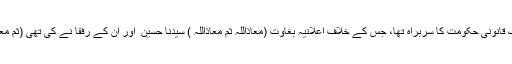
اگر دنیاوی اصولوں کے حساب سے دیکھا جائے تو یزید تو اس وقت کے رواج کے مطابق ایک قانونی حکومت کا سربراہ تھا، جس کے خلاف اعلانیہ بغاوت (معاذاللہ ثم معاذاللہ ) سیدنا حسین ؓ اور ان کے رفقا نے کی تھی (ثم معاذاللہ، سیدنا حسینؓ ہی برحق تھے، یہ میرا عقیدہ ہے، بات صرف مثال دینے کے لئے کی ہے)۔